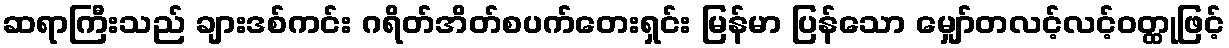
ဆရာကြီးသည် ချားဒစ်ကင်း ဂရိတ်အိတ်စပက်တေးရှင်း မြန်မာ ပြန်သော မျှော်တလင့်လင့်ဝတ္ထုဖြင့်